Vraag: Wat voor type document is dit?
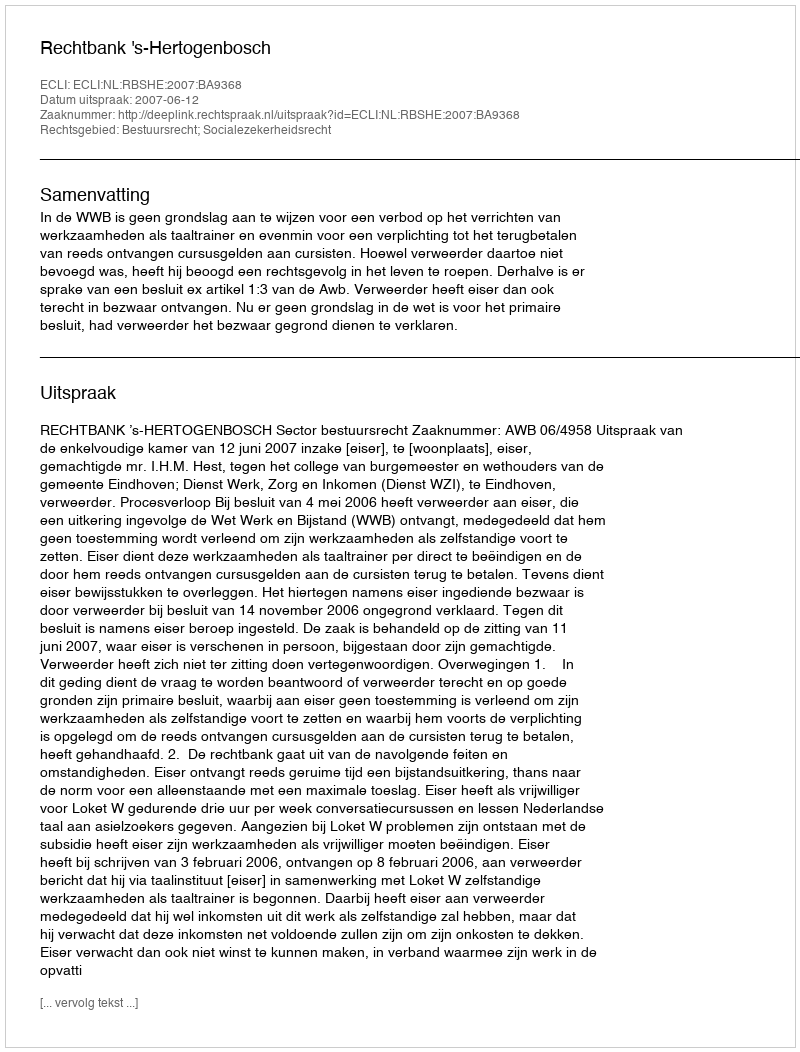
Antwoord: Uitspraak